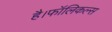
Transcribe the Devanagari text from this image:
है।फॉलिकल्स